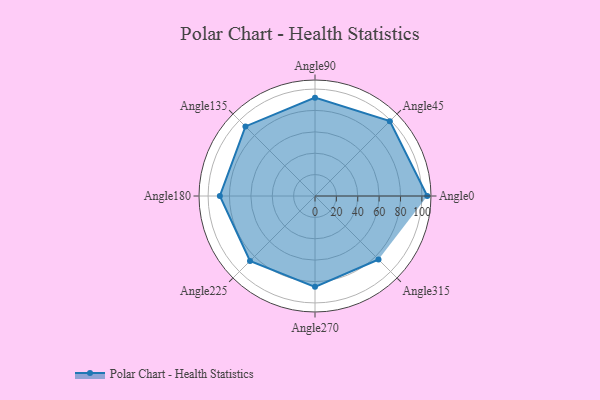
{"axis": {"x": "Angle", "y": "Radius"}, "legend": [""], "data": [{"x": "Angle0", "y": 105.0, "type": ""}, {"x": "Angle45", "y": 99.0, "type": ""}, {"x": "Angle90", "y": 92.0, "type": ""}, {"x": "Angle135", "y": 92.0, "type": ""}, {"x": "Angle180", "y": 89.0, "type": ""}, {"x": "Angle225", "y": 86.0, "type": ""}, {"x": "Angle270", "y": 85.0, "type": ""}, {"x": "Angle315", "y": 84.0, "type": ""}]}